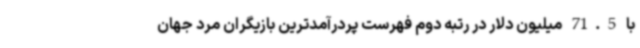
با 71.5 میلیون دلار در رتبه دوم فهرست پردرآمدترین بازیگران مرد جهان